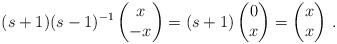
LaTeX: \begin{align*}(s+1)(s-1)^{-1}\begin{pmatrix}x \\ -x\end{pmatrix}=(s+1)\begin{pmatrix}0 \\ x\end{pmatrix}=\begin{pmatrix}x \\ x\end{pmatrix}\,.\end{align*}